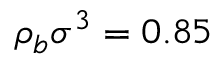
\rho _ { b } \sigma ^ { 3 } = 0 . 8 5